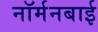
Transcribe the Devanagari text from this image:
नॉर्मनबाई